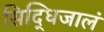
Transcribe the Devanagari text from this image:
सिद्धिजालं